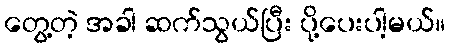
တွေ့တဲ့ အခါ ဆက်သွယ်ပြီး ပို့ပေးပါ့မယ်။